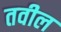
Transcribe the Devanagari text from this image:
तवील